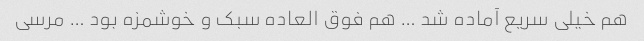
هم خیلی سریع آماده شد … هم فوق العاده سبک و خوشمزه بود … مرسی